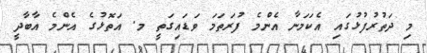
މި ދަތުރުފުޅުގައި އެކަމަނާ އެންމެ ފުރަތަމަ ވަޑައިގަތީ މ. އަތޮޅުގެ އެންމެ އާބާދީ